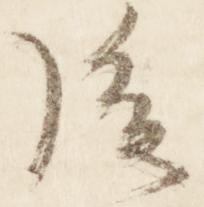
後